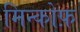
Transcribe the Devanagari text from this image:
मिन्कोफ़